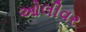
ઓલીવર